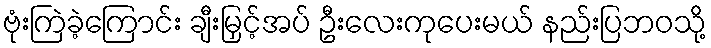
ဗုံးကြဲခဲ့ကြောင်း ချီးမြှင့်အပ် ဦးလေးကုပေးမယ် နည်းပြဘဝသို့